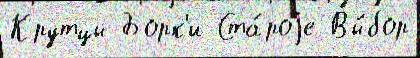
Крутцы Борк'и Ста́роjе Вы́бор